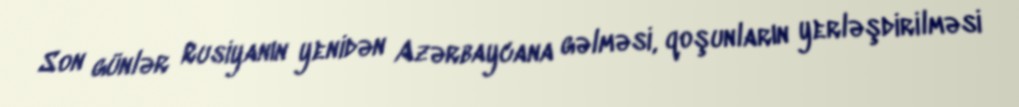
Son günlər Rusiyanın yenidən Azərbaycana gəlməsi, qoşunların yerləşdirilməsi